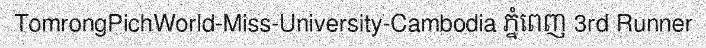
TomrongPichWorld-Miss-University-Cambodia ភ្នំពេញ 3rd Runner